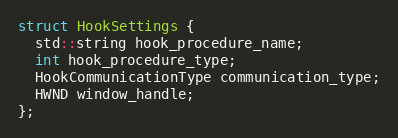
Language: C
struct HookSettings {
  std::string hook_procedure_name;
  int hook_procedure_type;
  HookCommunicationType communication_type;
  HWND window_handle;
};